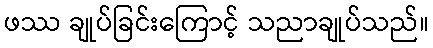
ဖဿ ချုပ်ခြင်းကြောင့် သညာချုပ်သည်။